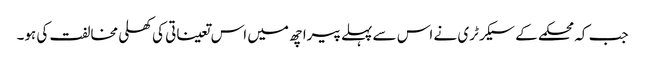
جب کہ محکمے کے سیکرٹری نے اس سے پہلے پیرا چھ میں اس تعیناتی کی کھلی مخالفت کی ہو۔